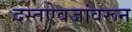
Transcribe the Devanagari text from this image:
दस्तऐवजांवरून